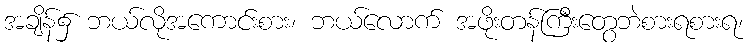
အချိန်၌ ဘယ်လိုအကောင်းစား၊ ဘယ်လောက် အဖိုးတန်ကြီးတွေဘဲစားရစားရ၊